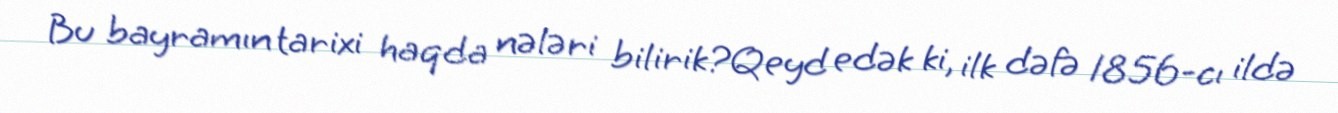
Bu bayramın tarixi haqda nələri bilirik?Qeyd edək ki, ilk dəfə 1856-cı ildə